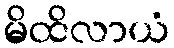
မိထိလာယံ